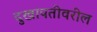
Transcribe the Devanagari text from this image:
दुखापतीवरील